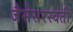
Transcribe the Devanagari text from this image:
जैसेसरस्वती